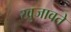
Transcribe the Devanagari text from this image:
खुजावते